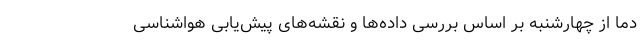
دما از چهارشنبه بر اساس بررسی داده‌ها و نقشه‌های پیش‌یابی هواشناسی